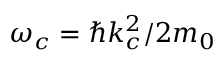
\omega _ { c } = \hbar k _ { c } ^ { 2 } / 2 m _ { 0 }